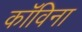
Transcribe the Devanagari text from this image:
कॉविना